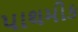
પાથમીક